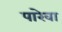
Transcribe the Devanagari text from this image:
पारेवा